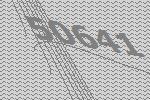
50641